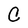
Character: C